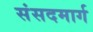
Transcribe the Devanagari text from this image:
संसदमार्ग